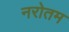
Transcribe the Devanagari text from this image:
नरोतम